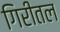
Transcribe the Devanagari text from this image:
गिरीतल